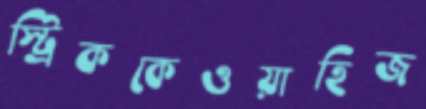
স্ট্রিককেওয়াহিজ